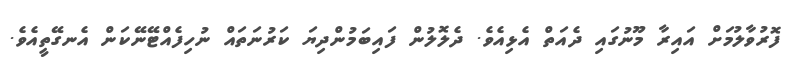
ފޮރުވާލުމަށް އައިރާ މޫނުގައި ދެއަތް އެޅިއެވެ. ދެލޮލުން ފައިބަމުންދިޔަ ކަރުނަތައް ނުހިފެއްޓޭނޭކަން އެނގޭތީއެވެ.